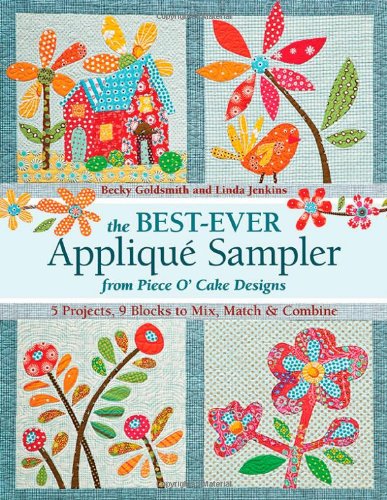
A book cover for The Best-Ever Applique Sampler from Piece O'Cake Designs; Piece O' Cake Designs; Crafts, Hobbies & Home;